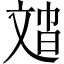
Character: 𱡣